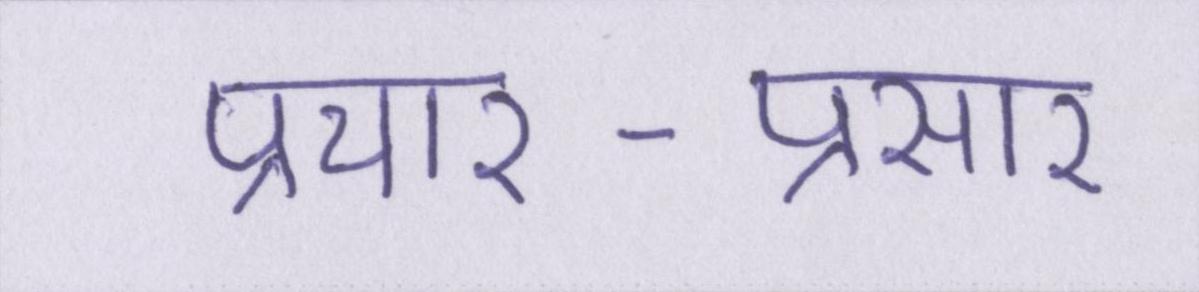
प्रचार-प्रसार